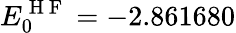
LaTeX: E_{0}^{\mathrm{~H~F~}}=-2.861680